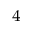
_ 4